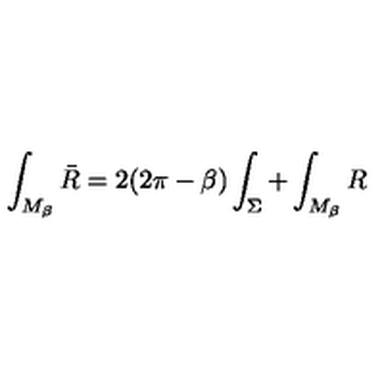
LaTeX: \int _ { M _ { \beta } } \bar { R } = 2 ( 2 \pi - \beta ) \int _ { \Sigma } + \int _ { M _ { \beta } } R